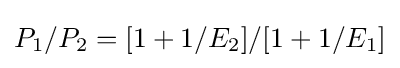
P_{1}/P_{2}=[1+1/E_{2}]/[1+1/E_{1}]